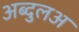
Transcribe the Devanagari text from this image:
अब्दुलअ